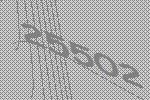
25502